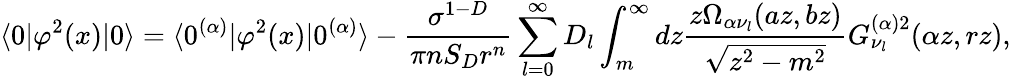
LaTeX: \langle 0|\varphi^{2}(x)|0\rangle=\langle 0^{(\alpha)}|\varphi^{2}(x)|0^{(\alpha)}\rangle-\frac{\sigma^{1-D}}{\pi nS_{D}r^{n}}\sum_{l=0}^{\infty}D_{l}\int_{m}^{\infty}dz\frac{z\Omega_{\alpha\nu_{l}}(az,bz)}{\sqrt{z^{2}-m^{2}}}G_{\nu_{l}}^{(\alpha)2}(\alpha z,rz),